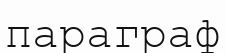
параграф